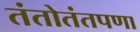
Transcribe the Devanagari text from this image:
तंतोतंतपणा